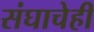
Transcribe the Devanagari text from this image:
संघाचेही